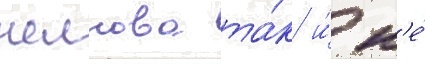
челнова та́к и́ н'е́